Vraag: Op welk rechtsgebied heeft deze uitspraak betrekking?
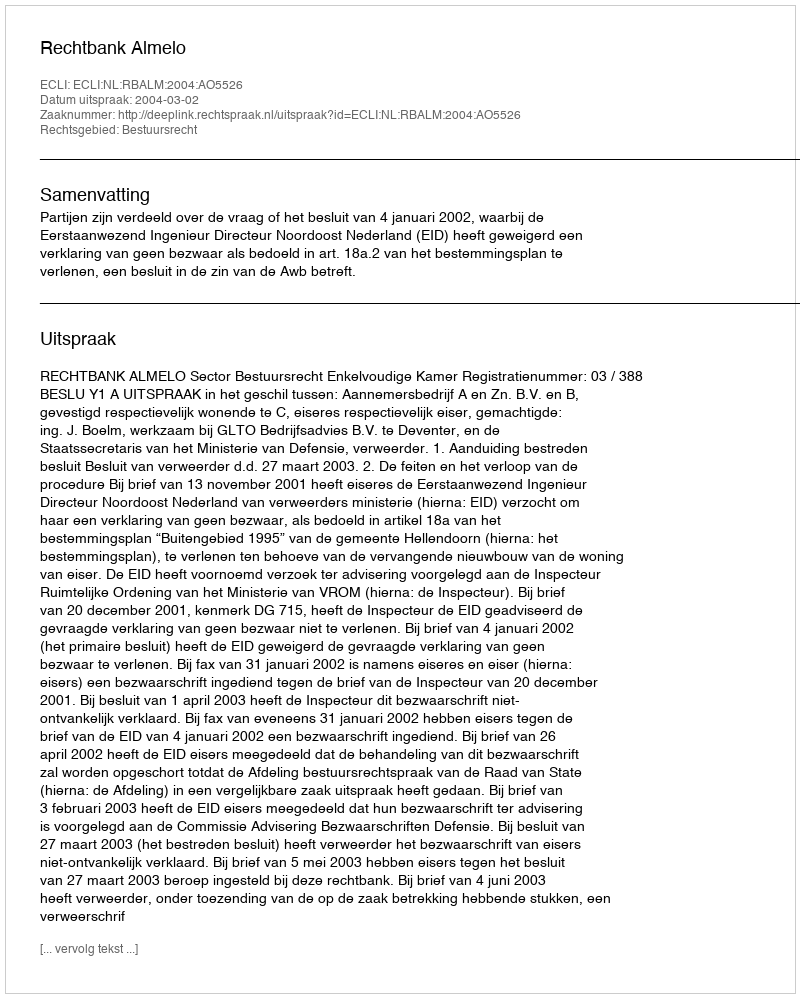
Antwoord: Bestuursrecht